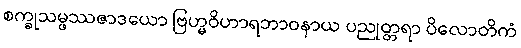
စက္ခုသမ္ဖဿဇာဒယော ဗြဟ္မဝိဟာရဘာဝနာယ ပညုတ္တရာ ပိလောတိကံ